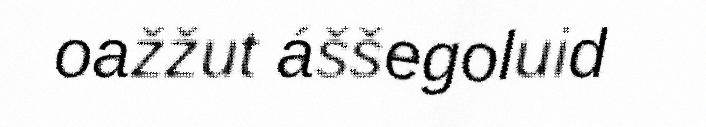
oažžut áššegoluid